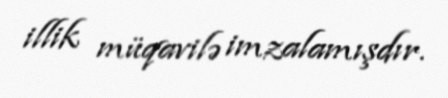
illik müqavilə imzalamışdır.